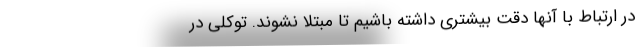
در ارتباط با آنها دقت بیشتری داشته باشیم تا مبتلا نشوند. توکلی در